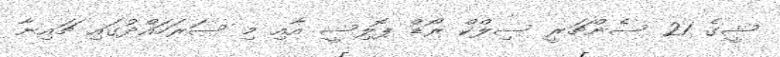
ޝީގެ 21 ސެންޗަރީ ސިލްކް ރޯޑް ޕޮލިސީ އާއި މި ސަރަހައްދުގައި ޗައިނާ